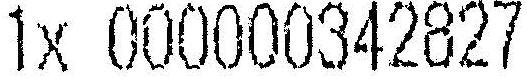
1X 000000342827